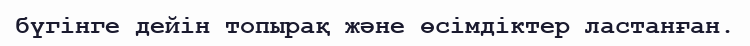
бүгінге дейін топырақ және өсімдіктер ластанған.